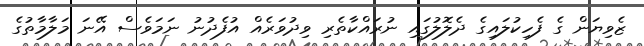
ޒެވިޔަން ގެ ފެހިކުލައިގެ ދެލޮލުގައި ނުރައްކާތެރި ވިދުވަރެއް އުފެދުނު ނަމަވެސް އޭނަ މަލާމާތުގެ